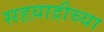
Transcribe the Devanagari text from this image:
सहय़ाद्रीच्या